Annual vaccination report of Bihar and Orissa - 1911-1928
Year: 1911
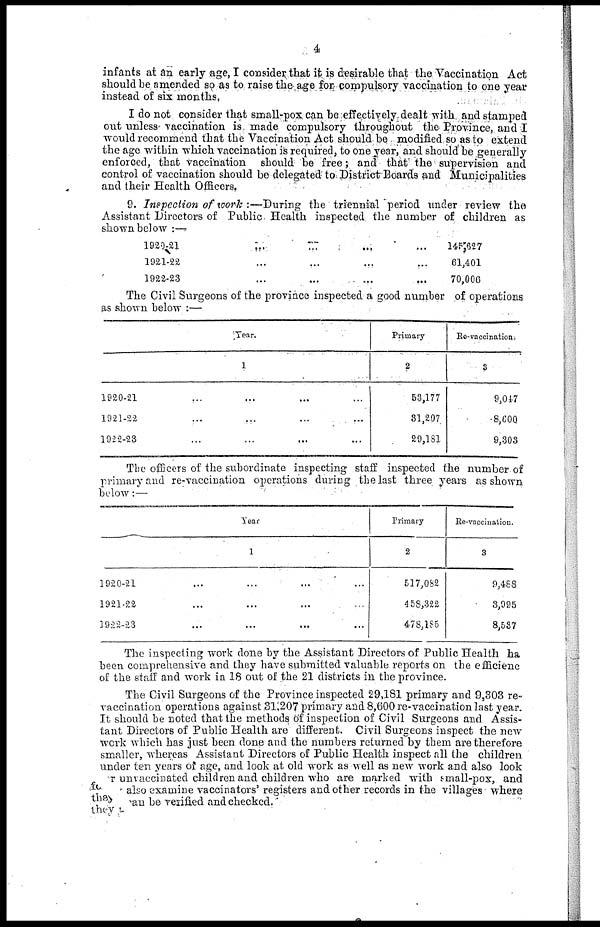
4
infants at an early age, I consider that it is desirable that the Vaccination Act
should be amended so as to raise the age for compulsory vaccination to one year
instead of six months.
I do not consider that small-pox can be effectively dealt with and stamped
out unless vaccination is made compulsory throughout the Province, and I
would recommend that the Vaccination Act should be modified so as to extend
the age within which vaccination is required, to one year, and should be generally
enforced, that vaccination should be free; and that the supervision and
control of vaccination should be delegated to District Boards and Municipalities
and their Health Officers.
9. Inspection of work :—During the triennial period under review the
Assistant Directors of Public Health inspected the number of children as
shown below :—
1929-21
...
...
...
...
1921-22 ... ... ... ...
1922-23 ... ... ... ...
145,627
61,401
70,006
The Civil Surgeons of the province inspected a good number of operations
as shown below :—
Year.
1
1920-21 ... ... ... ...
1921-22 ... ... ... ...
1922-23 ... ... ... ...
Primary
2
53,177
31,207
29,181
Re-vaccination.
3
9,047
8,600
9,303
The officers of the subordinate inspecting staff inspected the number of
primary and re-vaccination operations during the last three years as shown
below:—
Year
1
1920-21 ... ... ... ...
1921-22 ... ... ... ...
1922-23 ... ... ... ...
Primary
2
517,082
4 58,322
478,185
Re-vaccination.
3
9,488
3,995
8,537
The inspecting work done by the Assistant Directors of Public Health ha
been comprehensive and they have submitted valuable reports on the efficienc
of the staff and work in 18 out of the 21 districts in the province.
The Civil Surgeons of the Province inspected 29,181 primary and 9,303 re-
vaccination operations against 31,207 primary and 8,600 re-vaccination last year.
It should be noted that the methods of inspection of Civil Surgeons and Assis-
tant Directors of Public Health are different. Civil Surgeons inspect the new
work which has just been done and the numbers returned by them are therefore
smaller, whereas Assistant Directors of Public Health inspect all the children
under ten years of age, and look at old work as well as new work and also look
or unvaccinated children and children who are marked with small-pox, and
for also examine vaccinators' registers and other records in the villages where
they can be verified and checked.
they